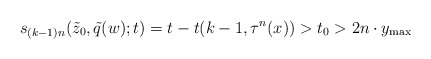
\begin{align*}s_{(k-1)n}(\tilde{z}_0,\tilde{q}(w);t)=t-t(k-1,\tau^{n}(x))>t_0>2n\cdot y_{\max}\end{align*}